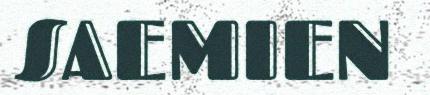
SAEMIEN